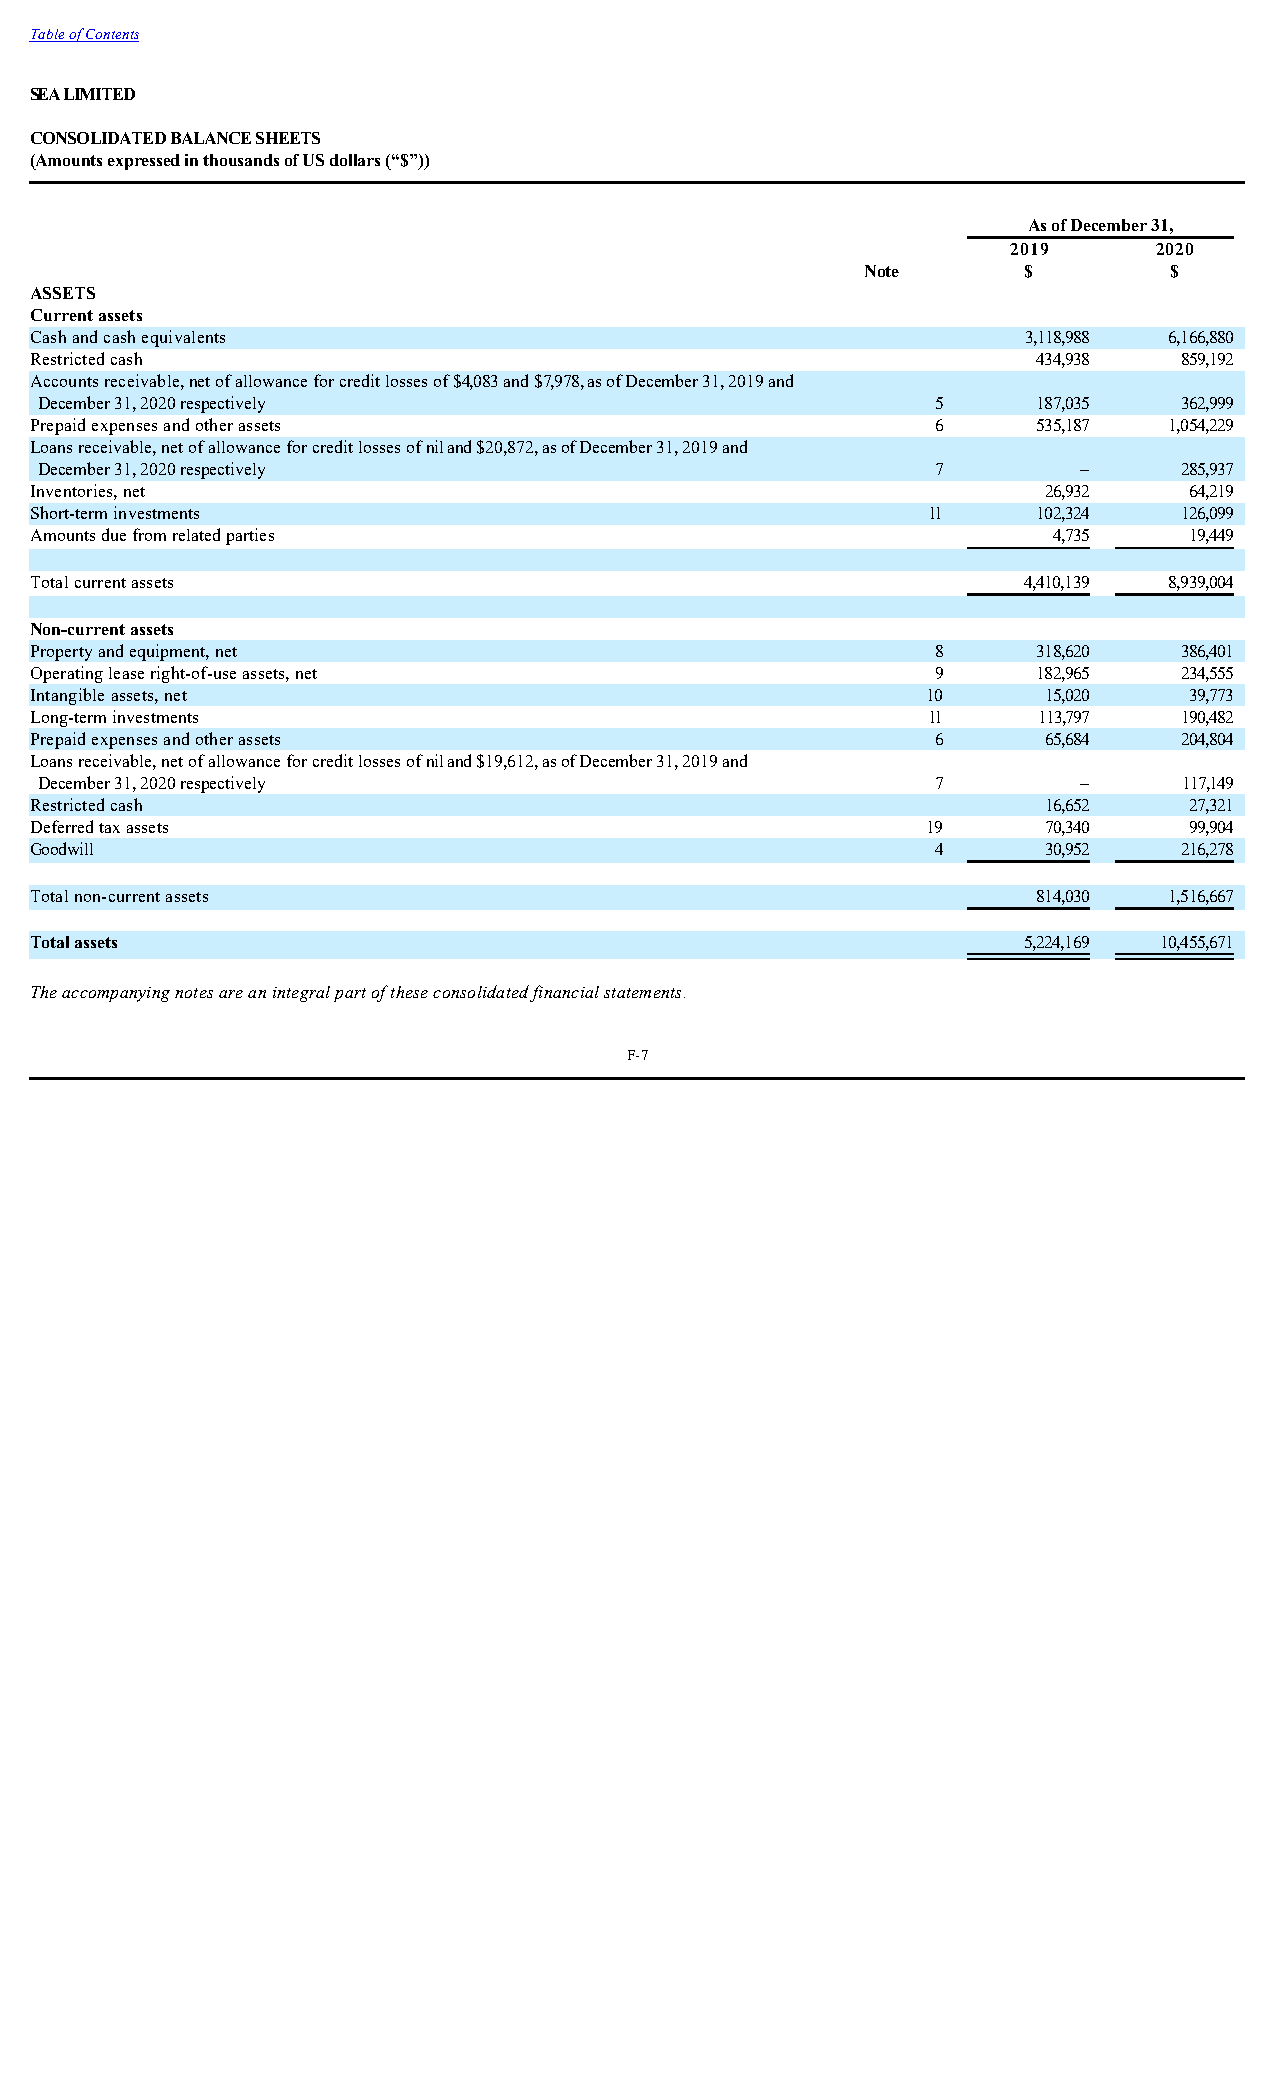
Table of Contents
 SEA LIMITED
 CONSOLIDATED BALANCE SHEETS
 (Amounts expressed in thousands of US dollars (“$”))
 As of December 31,
 2019      2020
 Note       $        $
 ASSETS
 Current assets
 Cash and cash equivalents                                         3,118,988 6,166,880
 Restricted cash                                                    434,938  859,192
 Accounts receivable, net of allowance for credit losses of $4,083 and $7,978, as of December 31, 2019 and
 December 31, 2020 respectively                             5      187,035  362,999
 Prepaid expenses and other assets                           6      535,187 1,054,229
 Loans receivable, net of allowance for credit losses of nil and $20,872, as of December 31, 2019 and
 December 31, 2020 respectively                             7         –     285,937
 Inventories, net                                                   26,932    64,219
 Short-term investments                                     11      102,324  126,099
 Amounts due from related parties                                    4,735    19,449
 Total current assets                                              4,410,139 8,939,004
 Non-current assets
 Property and equipment, net                                 8      318,620  386,401
 Operating lease right-of-use assets, net                    9      182,965  234,555
 Intangible assets, net                                     10      15,020    39,773
 Long-term investments                                      11      113,797  190,482
 Prepaid expenses and other assets                           6      65,684   204,804
 Loans receivable, net of allowance for credit losses of nil and $19,612, as of December 31, 2019 and
 December 31, 2020 respectively                             7         –     117,149
 Restricted cash                                                    16,652    27,321
 Deferred tax assets                                        19      70,340    99,904
 Goodwill                                                    4      30,952   216,278
 Total non-current assets                                           814,030 1,516,667
 Total assets                                                      5,224,169 10,455,671
 The accompanying notes are an integral part of these consolidated financial statements.
 F-7